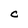
Character: C